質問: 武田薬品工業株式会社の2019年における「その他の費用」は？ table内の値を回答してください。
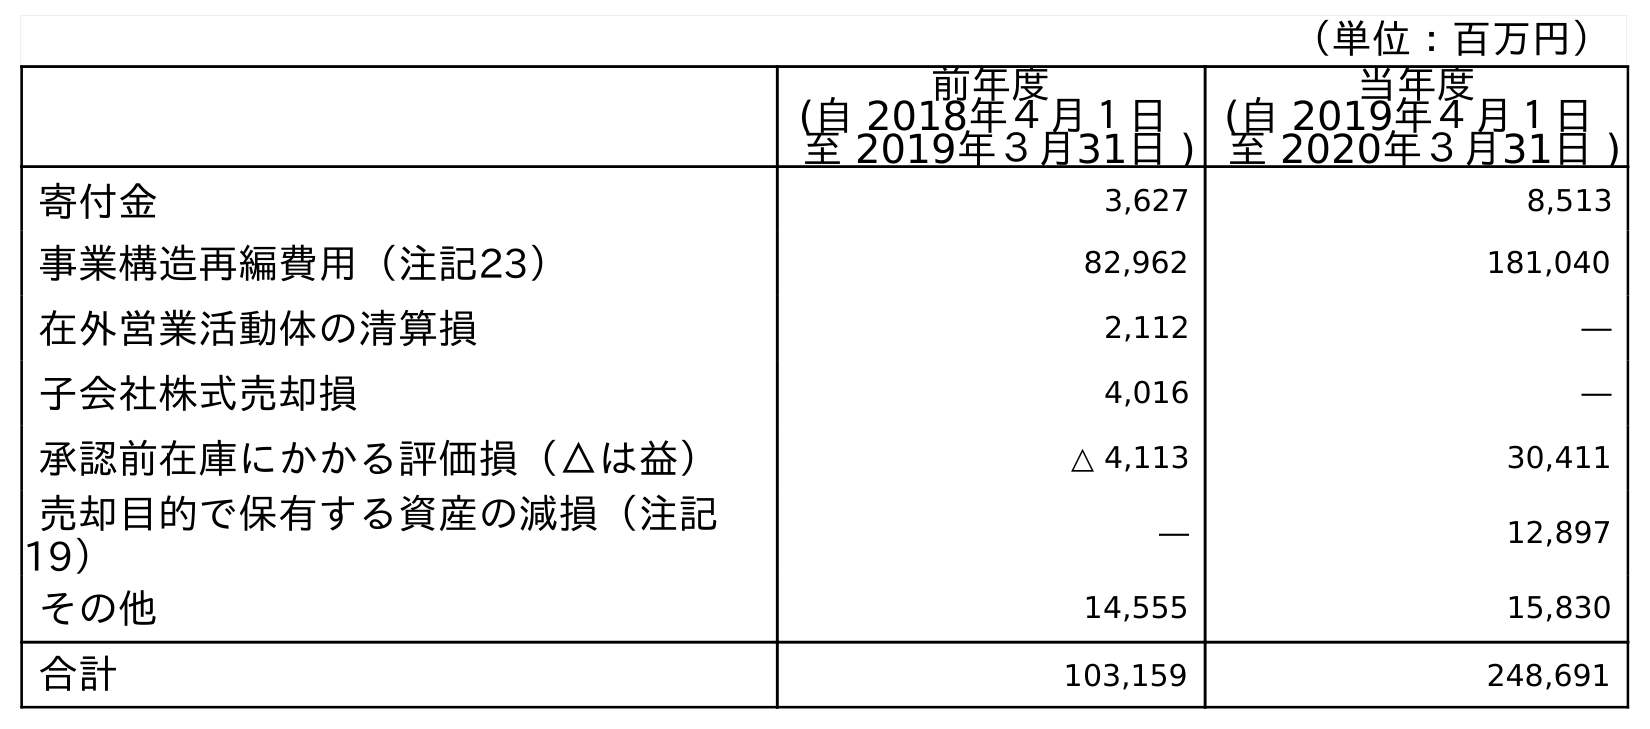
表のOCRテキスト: （単位：百万円） 前年度 (自 2018年４月１日 至 2019年３月31日 ) 当年度 (自 2019年４月１日 至 2020年３月31日 ) 寄付金 3,627 8,513 事業構造再編費用（注記23） 82,962 181,040 在外営業活動体の清算損 2,112 ― 子会社株式売却損 4,016 ― 承認前在庫にかかる評価損（△は益） △ 4,113 30,411 売却目的で保有する資産の減損（注記 19） ― 12,897 その他 14,555 15,830 合計 103,159 248,691
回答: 103,159